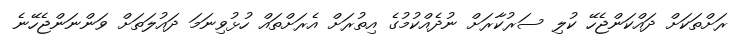
ރަށްތަކަށް ދައްކަންޖެހޭ ކުލި ސަރުކާރަށް ނުދެއްކުމުގެ އިތުރަށް އެރަށްތައް ހުޅުވިނަމަ ދައުލަތަށް ވަންނަންޖެހޭނެ